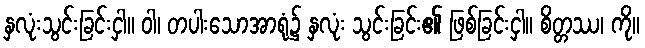
နှလုံးသွင်းခြင်းငှါ။ ဝါ၊ တပါးသောအာရုံ၌ နှလုံး သွင်းခြင်း၏ ဖြစ်ခြင်းငှါ။ စိတ္တဿ၊ ကို။